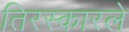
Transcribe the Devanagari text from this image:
तिरस्कारले